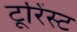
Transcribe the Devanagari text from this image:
टूरिंस्ट